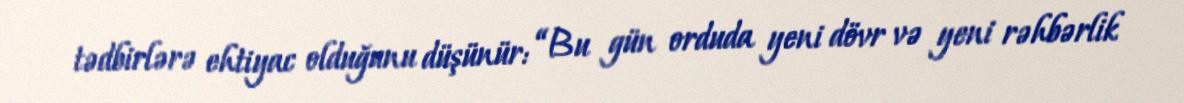
tədbirlərə ehtiyac olduğunu düşünür: “Bu gün orduda yeni dövr və yeni rəhbərlik